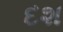
દશ